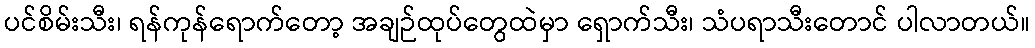
ပင်စိမ်းသီး၊ ရန်ကုန်ရောက်တော့ အချဉ်ထုပ်တွေထဲမှာ ရှောက်သီး၊ သံပရာသီးတောင် ပါလာတယ်။